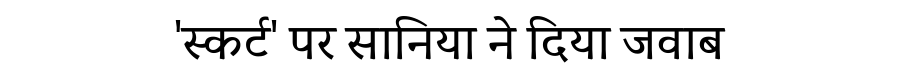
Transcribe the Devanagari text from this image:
'स्कर्ट' पर सानिया ने दिया जवाब